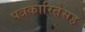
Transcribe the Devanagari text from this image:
पत्रकारितेसह